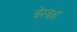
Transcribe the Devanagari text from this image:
चेरवंश